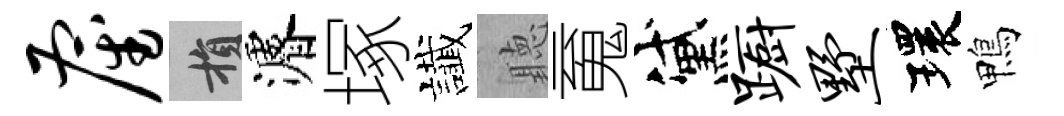
雇損濬塚䜟聽䰟黛蹰墅環鴨